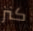
كنز